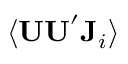
\langle \mathbf { U U } ^ { \prime } \mathbf { J } _ { i } \rangle